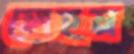
লেহন